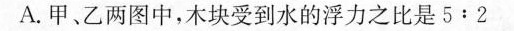
A.甲、乙两图中，木块受到水的浮力之比是5﹔2